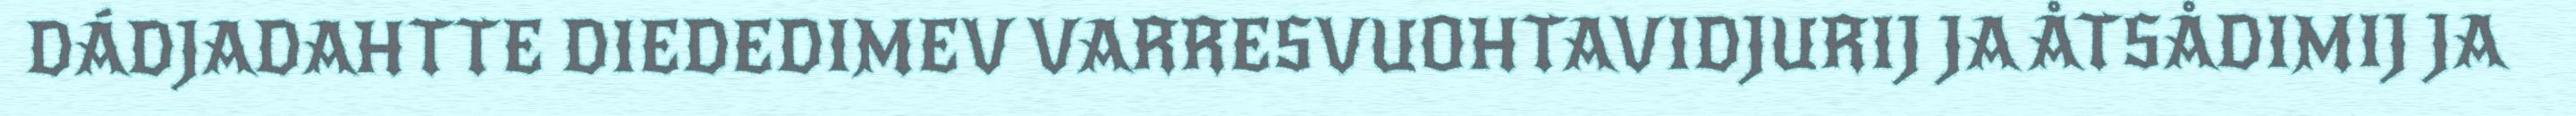
DÁDJADAHTTE DIEDEDIMEV VARRESVUOHTAVIDJURIJ JA ÅTSÅDIMIJ JA